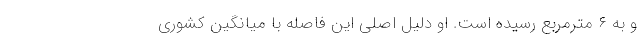
و به ۶ مترمربع رسیده است. او دلیل اصلی این فاصله با میانگین کشوری